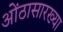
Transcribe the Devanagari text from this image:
ओंठासारख्या